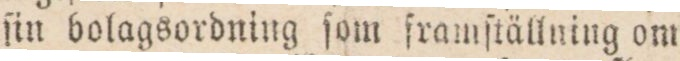
ſin bolagsordning ſom framſtällning om